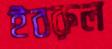
ইবরুল